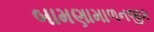
બામણામાળનજીક